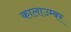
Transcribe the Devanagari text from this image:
कालाउम्बर